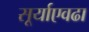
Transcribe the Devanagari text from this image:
सूर्याएवढा